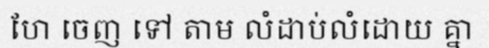
ហែ ចេញ ទៅ តាម លំដាប់លំដោយ គ្នា